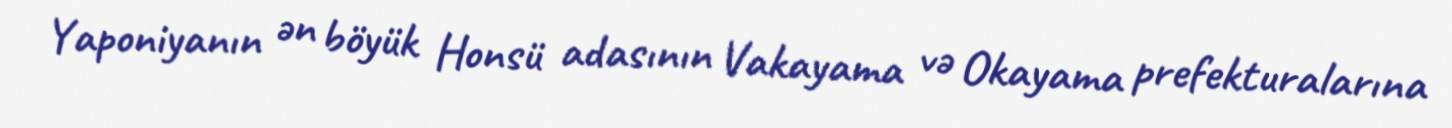
Yaponiyanın ən böyük Honsü adasının Vakayama və Okayama prefekturalarına